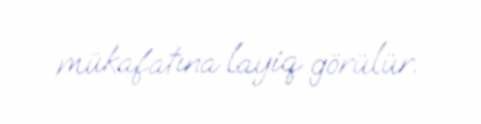
mükafatına layiq görülür.